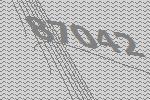
87042